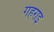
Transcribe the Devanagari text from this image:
गहराइ